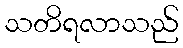
သတိရလာသည်